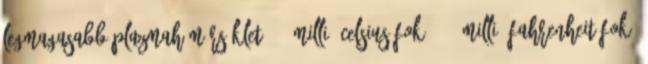
Legmagasabb plazmahőmérséklet: 20 millió Celsius-fok 36 millió Fahrenheit-fok.